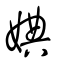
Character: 婰